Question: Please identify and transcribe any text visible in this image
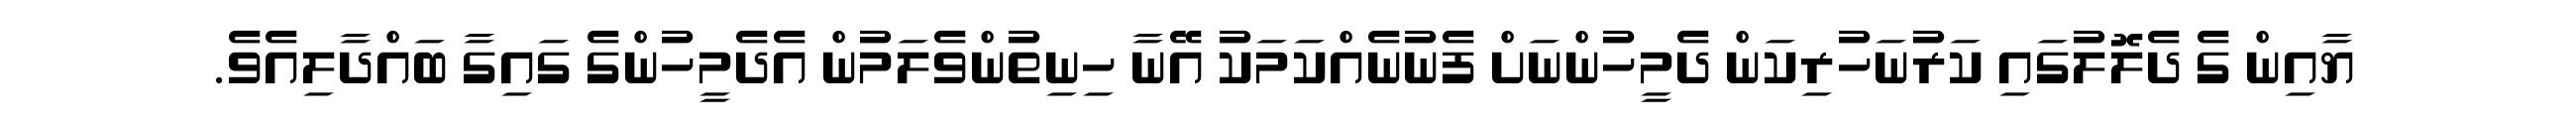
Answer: ޔާއިން ގެ ދެލޮލުގައި ކަރުނަހުރިކަން ދެމީހުންނަށް ފެނުނެއްކަމަކު އޭނާ ހިނިތުންވެލަމުން އެދެމީހުންގެ ގައިގާ ބައްދާލިއެވެ.